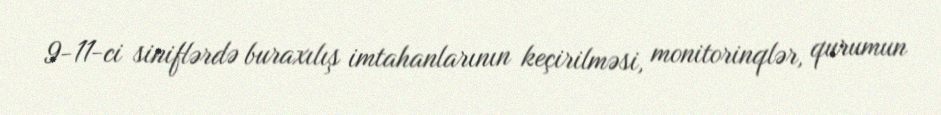
9-11-ci siniflərdə buraxılış imtahanlarının keçirilməsi, monitorinqlər, qurumun